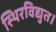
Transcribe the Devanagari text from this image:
स्थिरविद्युत।